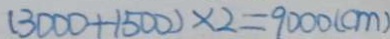
( 3 0 0 0 + 1 5 0 0 ) \times 2 = 9 0 0 0 ( c m )